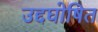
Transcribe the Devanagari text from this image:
उद्दघोषित